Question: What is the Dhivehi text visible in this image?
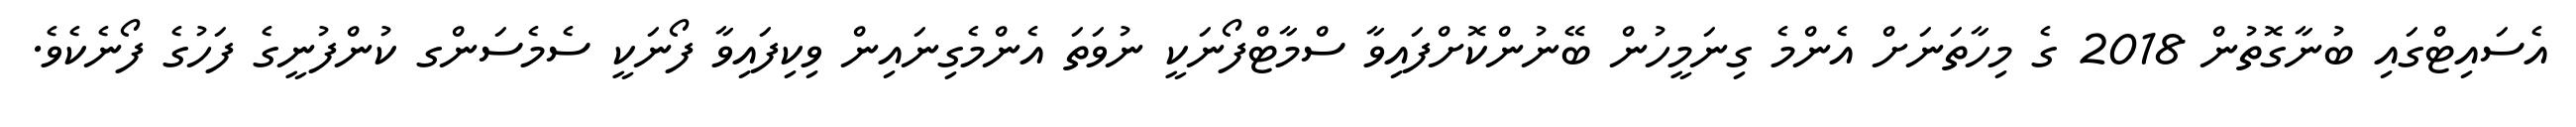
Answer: އެސައިޓްގައި ބުނާގޮތުން 2018 ގެ މިހާތަނަށް އެންމެ ގިނަމީހުން ބޭނުންކޮށްފައިވާ ސްމާޓްފޯނަކީ ނުވަތަ އެންމެގިނައިން ވިކިފައިވާ ފޯނަކީ ސެމެސަންގ ކުންފުނީގެ ފަހުގެ ފޯނެކެވެ.